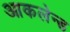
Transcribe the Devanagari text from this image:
आकलेन्ड